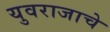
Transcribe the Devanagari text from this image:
युवराजाचे